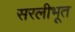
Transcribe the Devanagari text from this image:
सरलीभूत